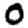
Digit: 0